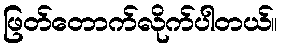
ဖြတ်တောက်လိုက်ပါတယ်။